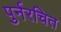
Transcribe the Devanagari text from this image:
पुर्नरचित